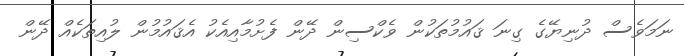
ނަމަވެސް ދުނިޔޭގެ ގިނަ ޤައުމުތަކުން ވެކްސިން ދޭން ފެށުމާއިއެކު އެޤައުމުން ލުއިތަކެއް ދޭން